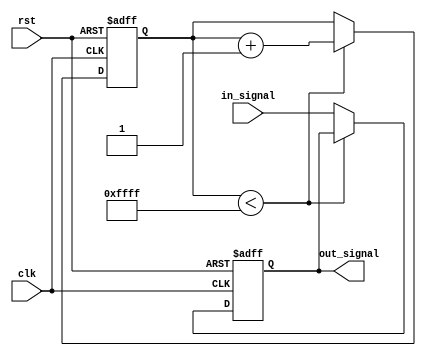
module rc_delay (
    input wire clk,
    input wire rst,
    input wire in_signal,
    output reg out_signal
);

reg [15:0] delay_counter;

always @(posedge clk or posedge rst) begin
    if (rst) begin
        delay_counter <= 16'b0;
        out_signal <= 1'b0;
    end else begin
        if (delay_counter < 16'hFFFF) begin
            delay_counter <= delay_counter + 16'h1;
        end else begin
            out_signal <= in_signal;
        end
    end
end

endmodule